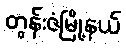
တွန်းဇံမြို့နယ်